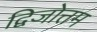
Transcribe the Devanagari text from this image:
द्विजोत्तम